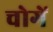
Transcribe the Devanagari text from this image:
चोगें